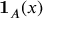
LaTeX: \mathbf { 1 } _ { A } ( x )